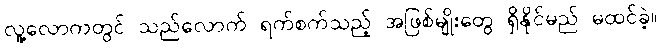
လူ့လောကတွင် သည်လောက် ရက်စက်သည့် အဖြစ်မျိုးတွေ ရှိနိုင်မည် မထင်ခဲ့။